system: You are a helpful assistant.
user:
Analyze the provided spectrum to determine if it is a **S-type Star**.

- **Key Indicators for S-type Star:**

    - **(Overall Spectrum Shape):** The first and most obvious characteristic is the overall continuum (the "baseline" shape). It is **extremely "red-sloping,"** meaning the flux (light intensity) is very low on the left side (blue, ~4000-4500 Å) and rises steeply and continuously toward the right side (red, ~7000 Å+).

    - **(Primary):** The spectrum is defined by the presence of strong, broad molecular absorption "valleys" (bands) from **Zirconium Oxide (ZrO)**. The identification of these bands is the **primary requirement** for classifying a star as S-type.
        - **(Key Bandheads):** You must find distinct, deep "dips" where the light has been absorbed. The most critical band systems to locate are:
            - **~6474 Å** ($\gamma$-system): This is often the strongest and clearest ZrO feature, found in the red part of the spectrum.
            - **~5718 Å** & **~5551 Å** ($\beta$-system): A pair of prominent absorption features in the yellow-orange part of the spectrum.
            - **~4640 Å** ($\alpha$-system): A key absorption band system in the blue-green region of the spectrum.

    - **(Secondary Confirmation):** The classification is strengthened by finding additional absorption bands from other related heavy element oxides, which are expected to be present alongside ZrO.
        - **(Key Bandheads):**
            - **Yttrium Oxide (YO):** Look for absorption dips near **~4800 Å** and **~6100 Å**.
            - **Lanthanum Oxide (LaO):** Additional absorption features, particularly in the red-orange part of the spectrum, are also characteristic.

    - **(Line Profile):** The combination of the steep red continuum and these numerous, deep molecular bands (ZrO, YO, etc.) gives the entire spectrum a very **"chopped-up"** or **"bumpy"** appearance. Instead of a smooth curve, the spectrum looks as though large, wide chunks of light have been "carved out" of it at the specific wavelengths listed above.

Think first, call **spectral_visualization_tool** if needed to examine features in detail, then provide your final answer. Your response must adhere to the following strict rules:
1.  **Overall Structure:** Your response must follow the format `<think>...</think> <tool_call>...</tool_call> (if a tool is used) <answer>...</answer>`.
2.  **Tool Usage Constraint:** You may only make **one** tool call per turn.
3.  **Final Answer Format:** In the `<answer>` tag, your conclusion must be inside a `\boxed{}` command (e.g., `\boxed{YES}` or `\boxed{NO}`), followed by your justification.

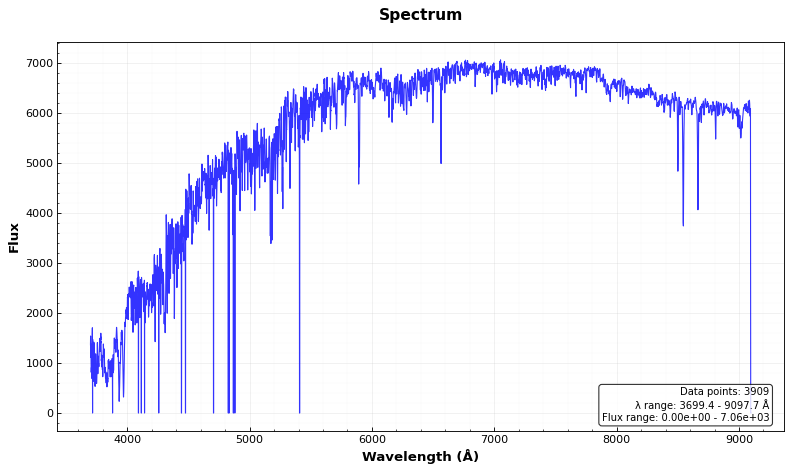
Answer: NO